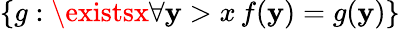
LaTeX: \{ g:\existsx\forall\mathbf{y}>x\, f(\mathbf{y})=g(\mathbf{y})\}